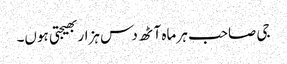
جی صاحب ہر ماہ آٹھ دس ہزار بھیجتی ہوں۔